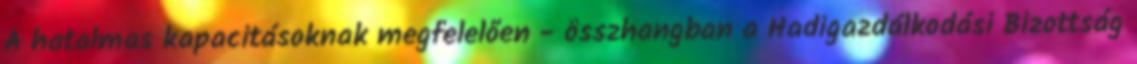
A hatalmas kapacitásoknak megfelelően - összhangban a Hadigazdálkodási Bizottság